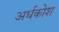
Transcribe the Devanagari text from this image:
अर्धकोश